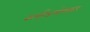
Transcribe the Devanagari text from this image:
कार्बनडायोक्साइड